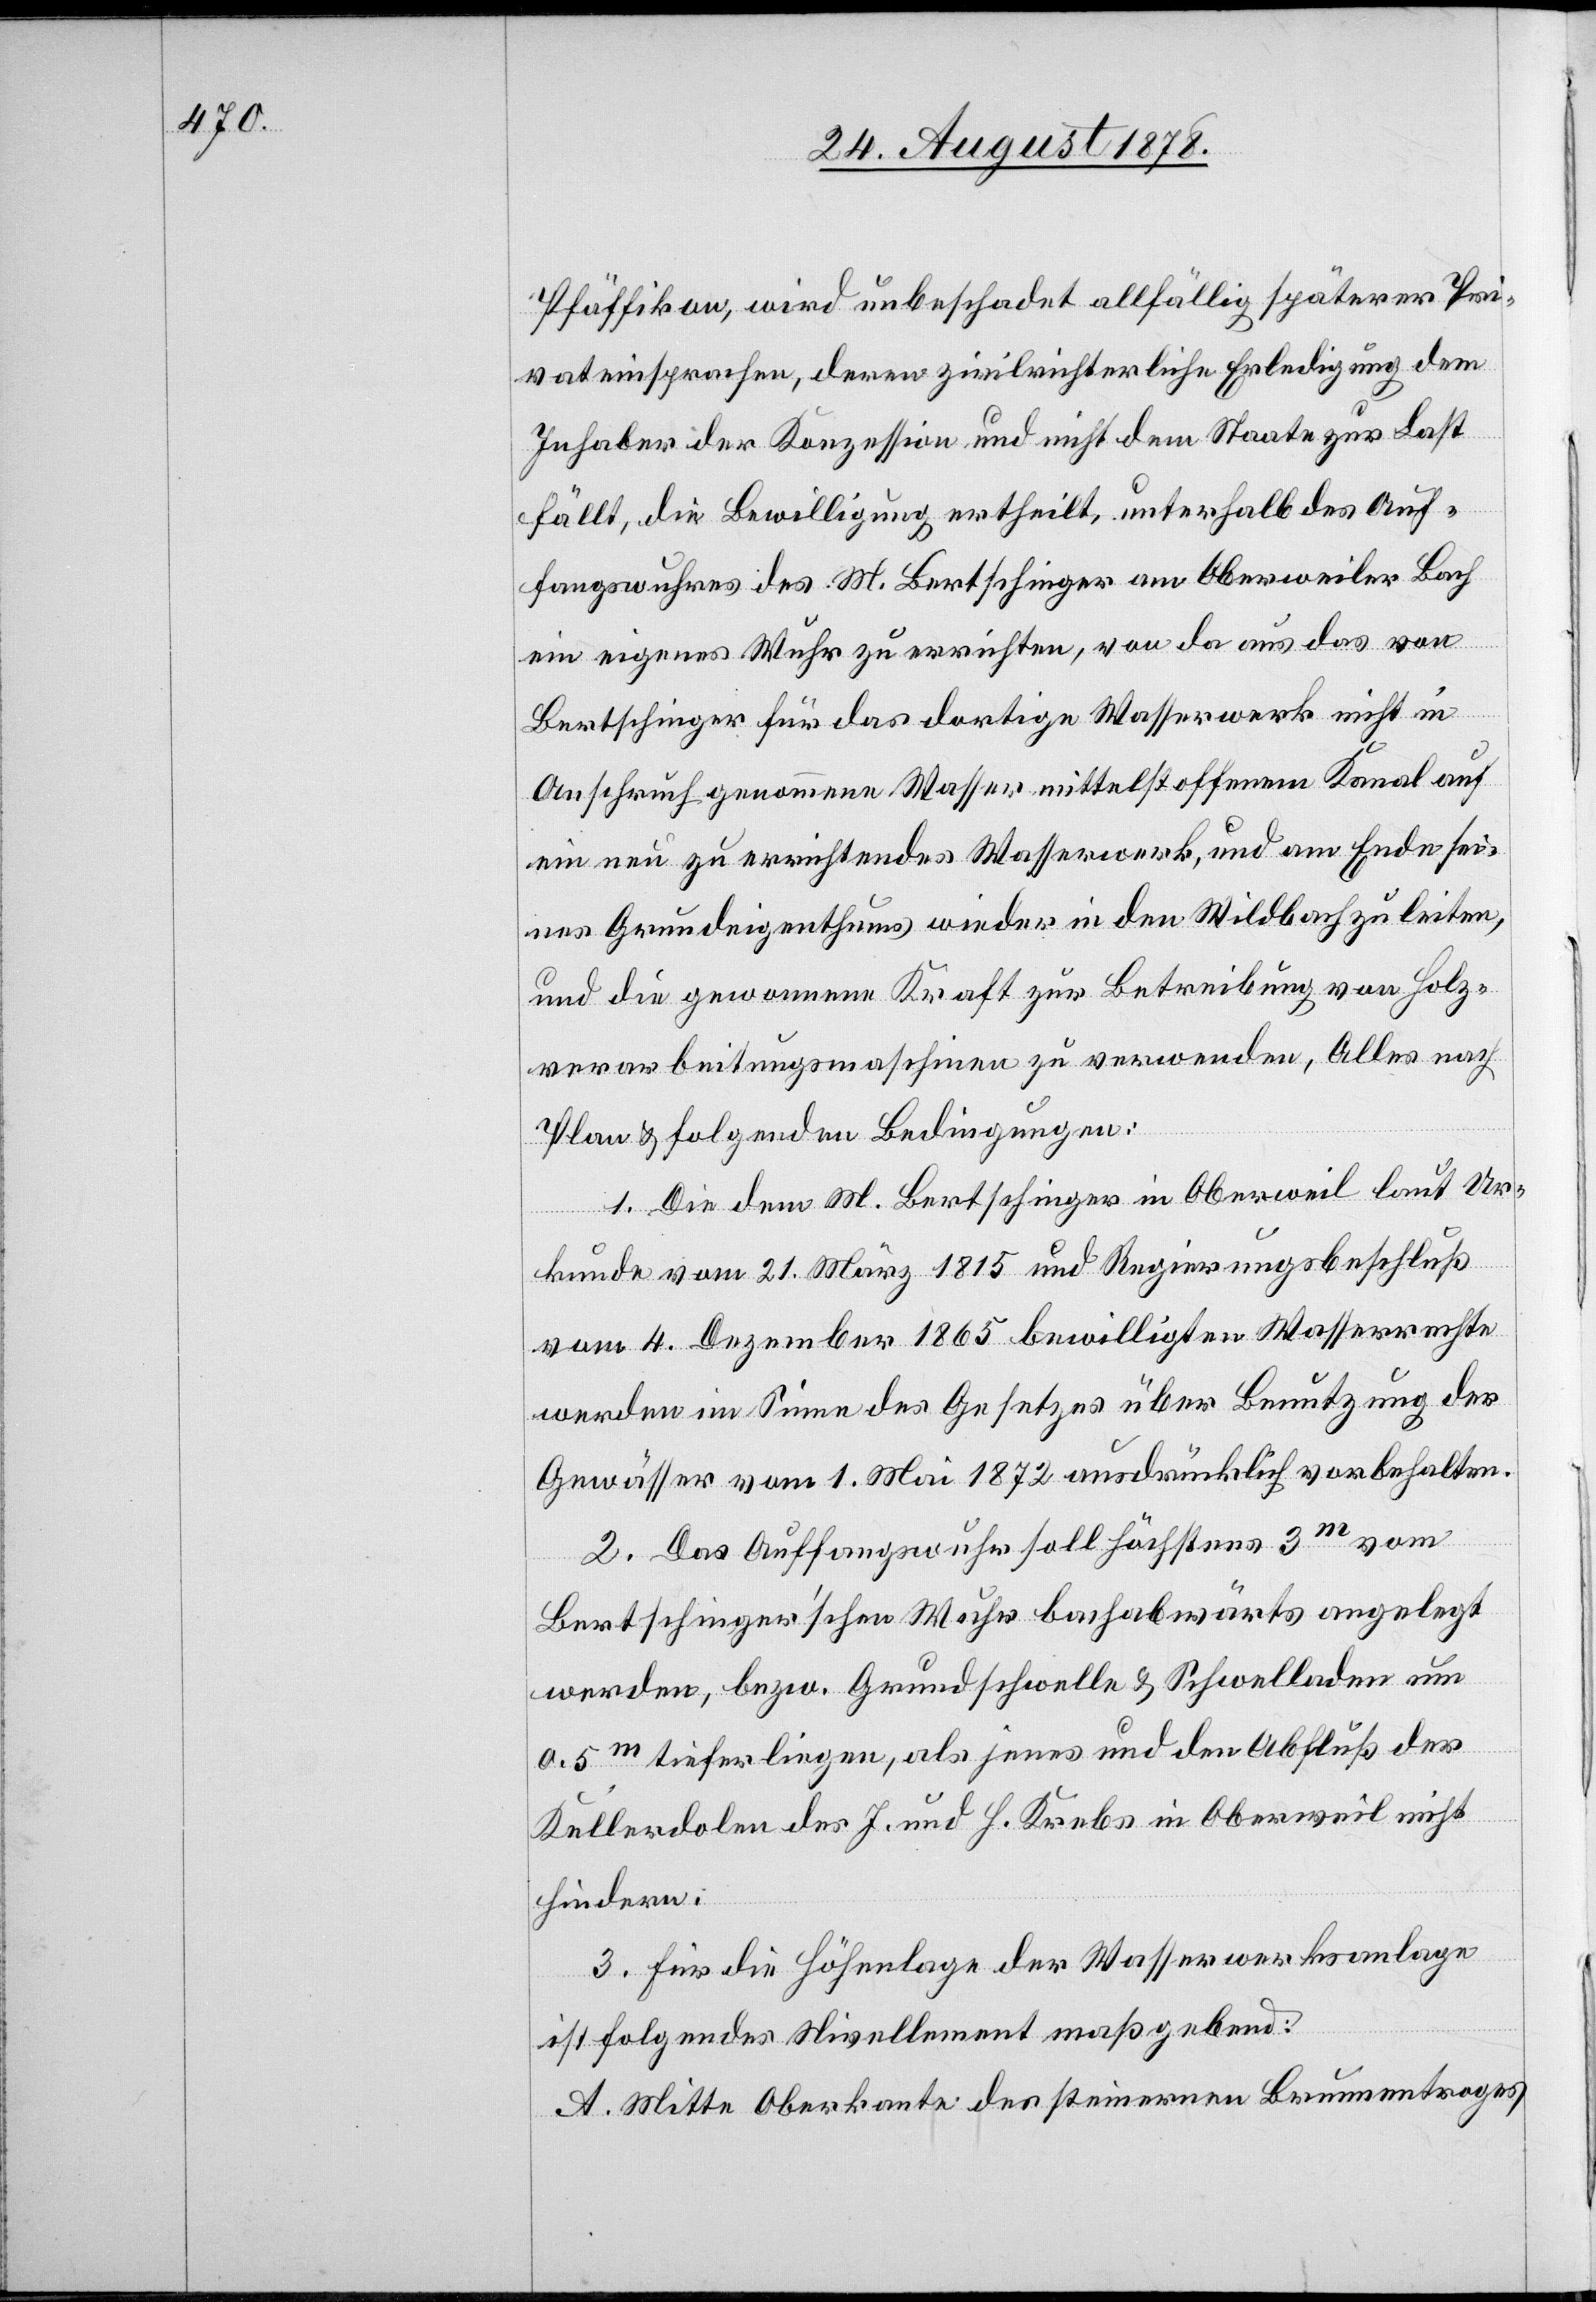
Pfäffikon, wird unbeschadet allfällig späterer Pri¬
vateinsprachen, deren zivilrichterliche Erledigung dem
Inhaber der Konzession und nicht dem Staate zur Last
fällt, die Bewilligung ertheilt, unterhalb des Auf¬
fangswuhres des M. Bertschinger am Oberweiler Bach
ein eigenes Wuhr zu errichten, von da aus das von
Bertschinger für das dortige Wasserwerk nicht in
Anspruch] genommene Wasser mittelst offenem Kanal auf
ein neu zu errichtendes Wasserwerk, und am Ende sei¬
nes Grundeigenthums wieder in den Wildbach zu leiten,
und die gewonnene Kraft zur Betreibung von Holz¬
verarbeitungsmaschinen zu verwenden, Alles nach
Plan & folgenden Bedingungen:
1. Die dem M. Bertschinger in Oberweil laut Ur¬
kunde vom 21. März 1815 und Regierungsbeschluß
vom 4. Dezember 1865 bewilligten Wasserrechte
werden im Sinne des Gesetzes über Benutzung der
Gewässer vom 1. Mai 1872 ausdrücklich vorbehalten.
2. Das Auffangswuhr soll höchstens 3m vom
Bertschinger’schen Wuhr bachabwärts angelegt
werden, bezw. Grundschwelle & Schwelladen um
0.5m tiefer liegen, als jenes und den Abfluß der
Kellerdolen des J. und H. Krebs in Oberweil nicht
hindern.
3. Für die Höhenlage der Wasserwerksanlage
ist folgendes Nivellement maßgebend:
A. Mitte Oberkante des steinernen Brunnentroges